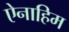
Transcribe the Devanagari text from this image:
ऐनाहिम